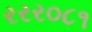
રરર૦૮૧